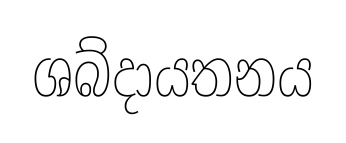
ශබ්දායතනය